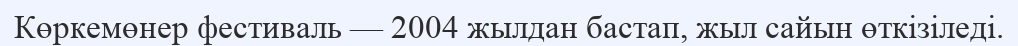
Көркемөнер фестиваль — 2004 жылдан бастап, жыл сайын өткізіледі.